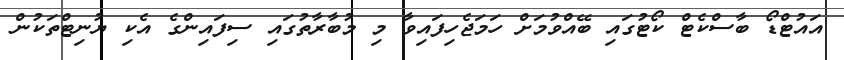
އައުޓްޑޯ ބާސްކެޓް ކޯޓުގައި ބޭއްވުމަށް ހަމަޖެހިފައިވާ މި މުބާރާތުގައި ސިފައިންގެ އެކި ޔުނިޓްތަކުން